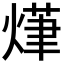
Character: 𭵨